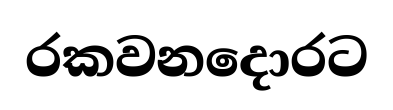
රකවනදොරට